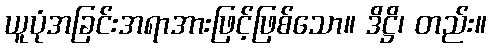
ယူပုံအခြင်းအရာအားဖြင့်ဖြစ်သော။ ဒိဋ္ဌိ၊ တည်း။